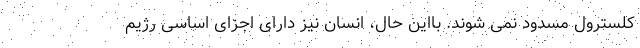
کلسترول مسدود نمی شوند. بااین حال، انسان نیز دارای اجزای اساسی رژیم